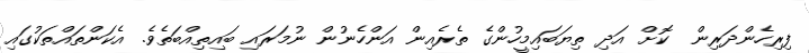
ފިރިހެންދަރިން  ކޮށް އަދި ތިޔަބައިމީހުންގެ ތެރެއިން އަންހެނުން ނުމަރައި ބައިތިއްބަތެވެ. އެކަންތައްތަކުގައި